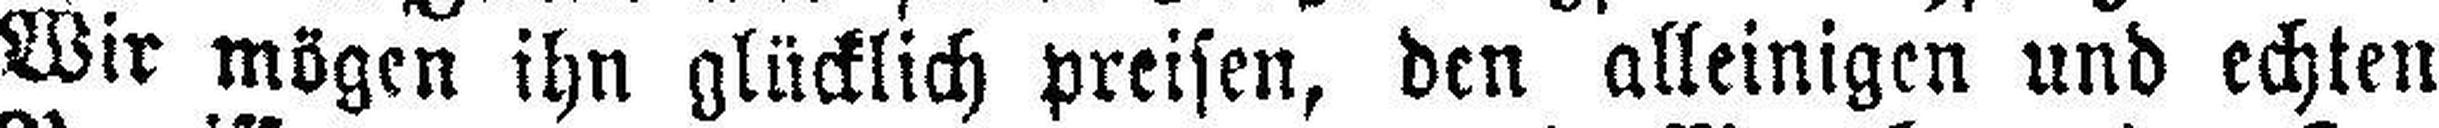
Wir mögen ihn glücklich preisen, den alleinigen und echten